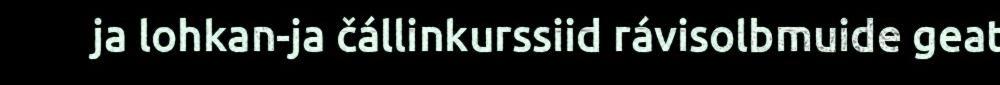
ja lohkan-ja čállinkurssiid rávisolbmuide geat